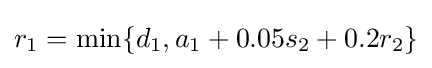
r_{1}=\min\{d_{1},a_{1}+0.05s_{2}+0.2r_{2}\}